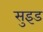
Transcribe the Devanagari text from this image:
सुइड